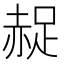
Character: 𧹤